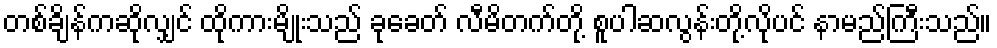
တစ်ချိန်ကဆိုလျှင် ထိုကားမျိုးသည် ခုခေတ် လီမိတက်တို့ စူပါဆလွန်းတို့လိုပင် နာမည်ကြီးသည်။